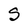
Character: S